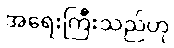
အရေးကြီးသည်ဟု